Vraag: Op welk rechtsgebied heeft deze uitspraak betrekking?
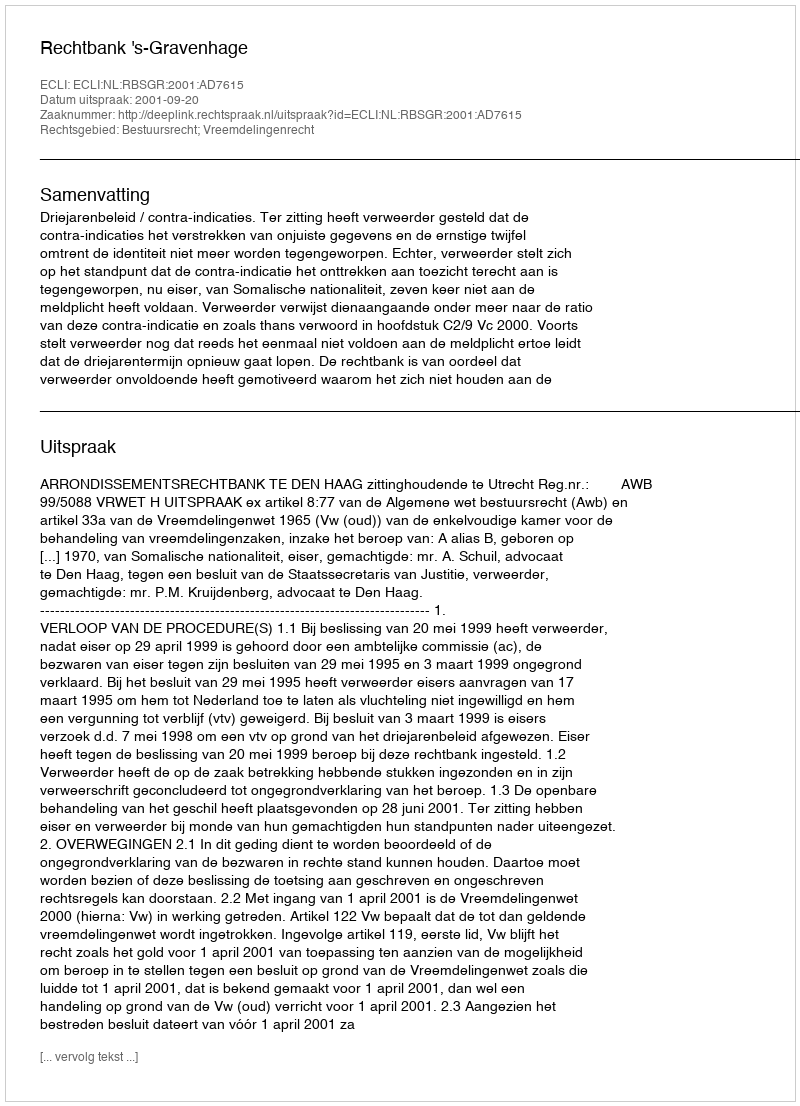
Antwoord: Bestuursrecht; Vreemdelingenrecht